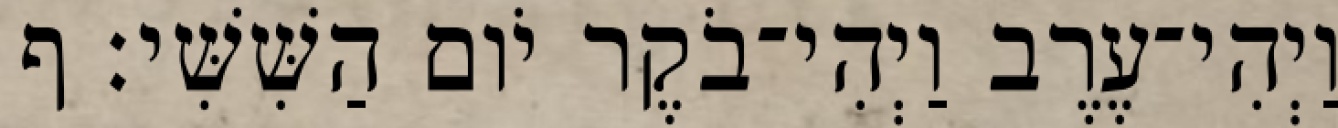
וַיְהִי־עֶרֶב וַיְהִי־בֹקֶר יֹום הַשִּׁשִּׁי׃ ף